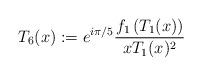
LaTeX: \begin{align*}T_6(x):=e^{i\pi/5}\frac{f_1\left(T_1(x)\right)}{xT_1(x)^2}\end{align*}